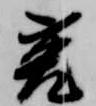
菟